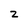
Character: 2